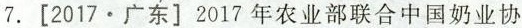
7.[2017.广东]2017年农业部联合中国奶业协